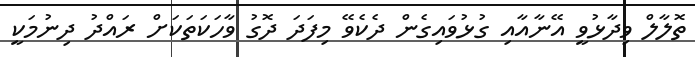
ތޮލާލް ވިދާޅުވީ އޭނާއާއި ގުޅުވައިގެން ދެކެވޭ މިފަދަ ދޮގު ވާހަކަތަކަށް ރައްދު ދިނުމަކީ